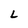
Character: L